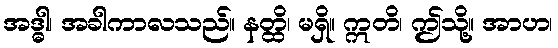
အဒ္ဓါ၊ အခါကာလသည်။ နတ္ထိ၊ မရှိ။ ဣတိ၊ ဤသို့။ အာဟ၊